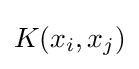
K(x_{i},x_{j})